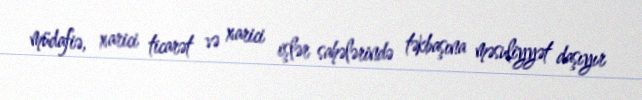
müdafiə, xarici ticarət və xarici işlər sahələrində təkbaşına məsuliyyət daşıyır